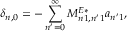
\delta _ { n , 0 } = - \sum _ { n ^ { \prime } = 0 } ^ { \infty } M _ { n 1 , n ^ { \prime } 1 } ^ { E * } a _ { n ^ { \prime } 1 } ,